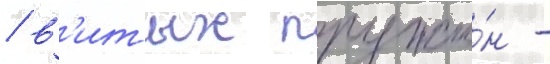
/ в'итых пружи́н -